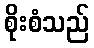
စိုးစံသည်